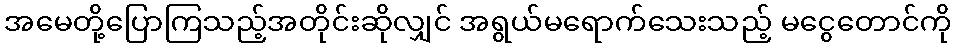
အမေတို့ပြောကြသည့်အတိုင်းဆိုလျှင် အရွယ်မရောက်သေးသည့် မငွေတောင်ကို